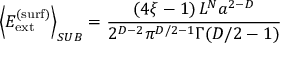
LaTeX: \left\langle E _ { \mathrm { e x t } } ^ { \mathrm { ( s u r f ) } } \right\rangle _ { S U B } = \frac { \left( 4 \xi - 1 \right) L ^ { N } a ^ { 2 - D } } { 2 ^ { D - 2 } \pi ^ { D / 2 - 1 } \Gamma ( D / 2 - 1 ) }